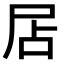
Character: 𡱇